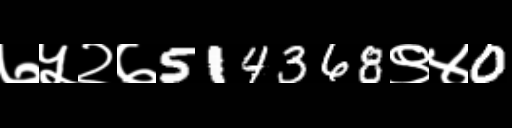
Text: ७५२७514368९४0